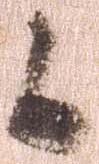
候